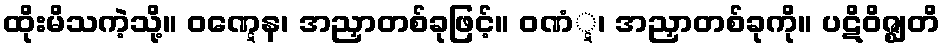
ထိုးမိသကဲ့သို့။ ဝဏ္ဋေန၊ အညှာတစ်ခုဖြင့်။ ဝဏံ္ဋ၊ အညှာတစ်ခုကို။ ပဋိဝိဇ္ဈတိ